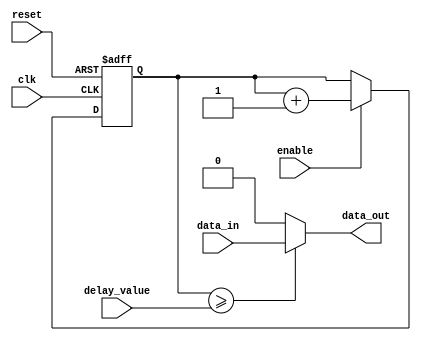
module nand_gate_delay (
    input wire clk,
    input wire reset,
    input wire enable,
    input wire [7:0] delay_value,
    input wire data_in,
    output reg data_out
);

reg [7:0] count;

always @(posedge clk or posedge reset)
begin
    if (reset)
        count <= 0;
    else if (enable)
        count <= count + 1;
end

always @(*)
begin
    if (count >= delay_value)
        data_out <= data_in;
    else
        data_out <= 1'b0;
end

endmodule